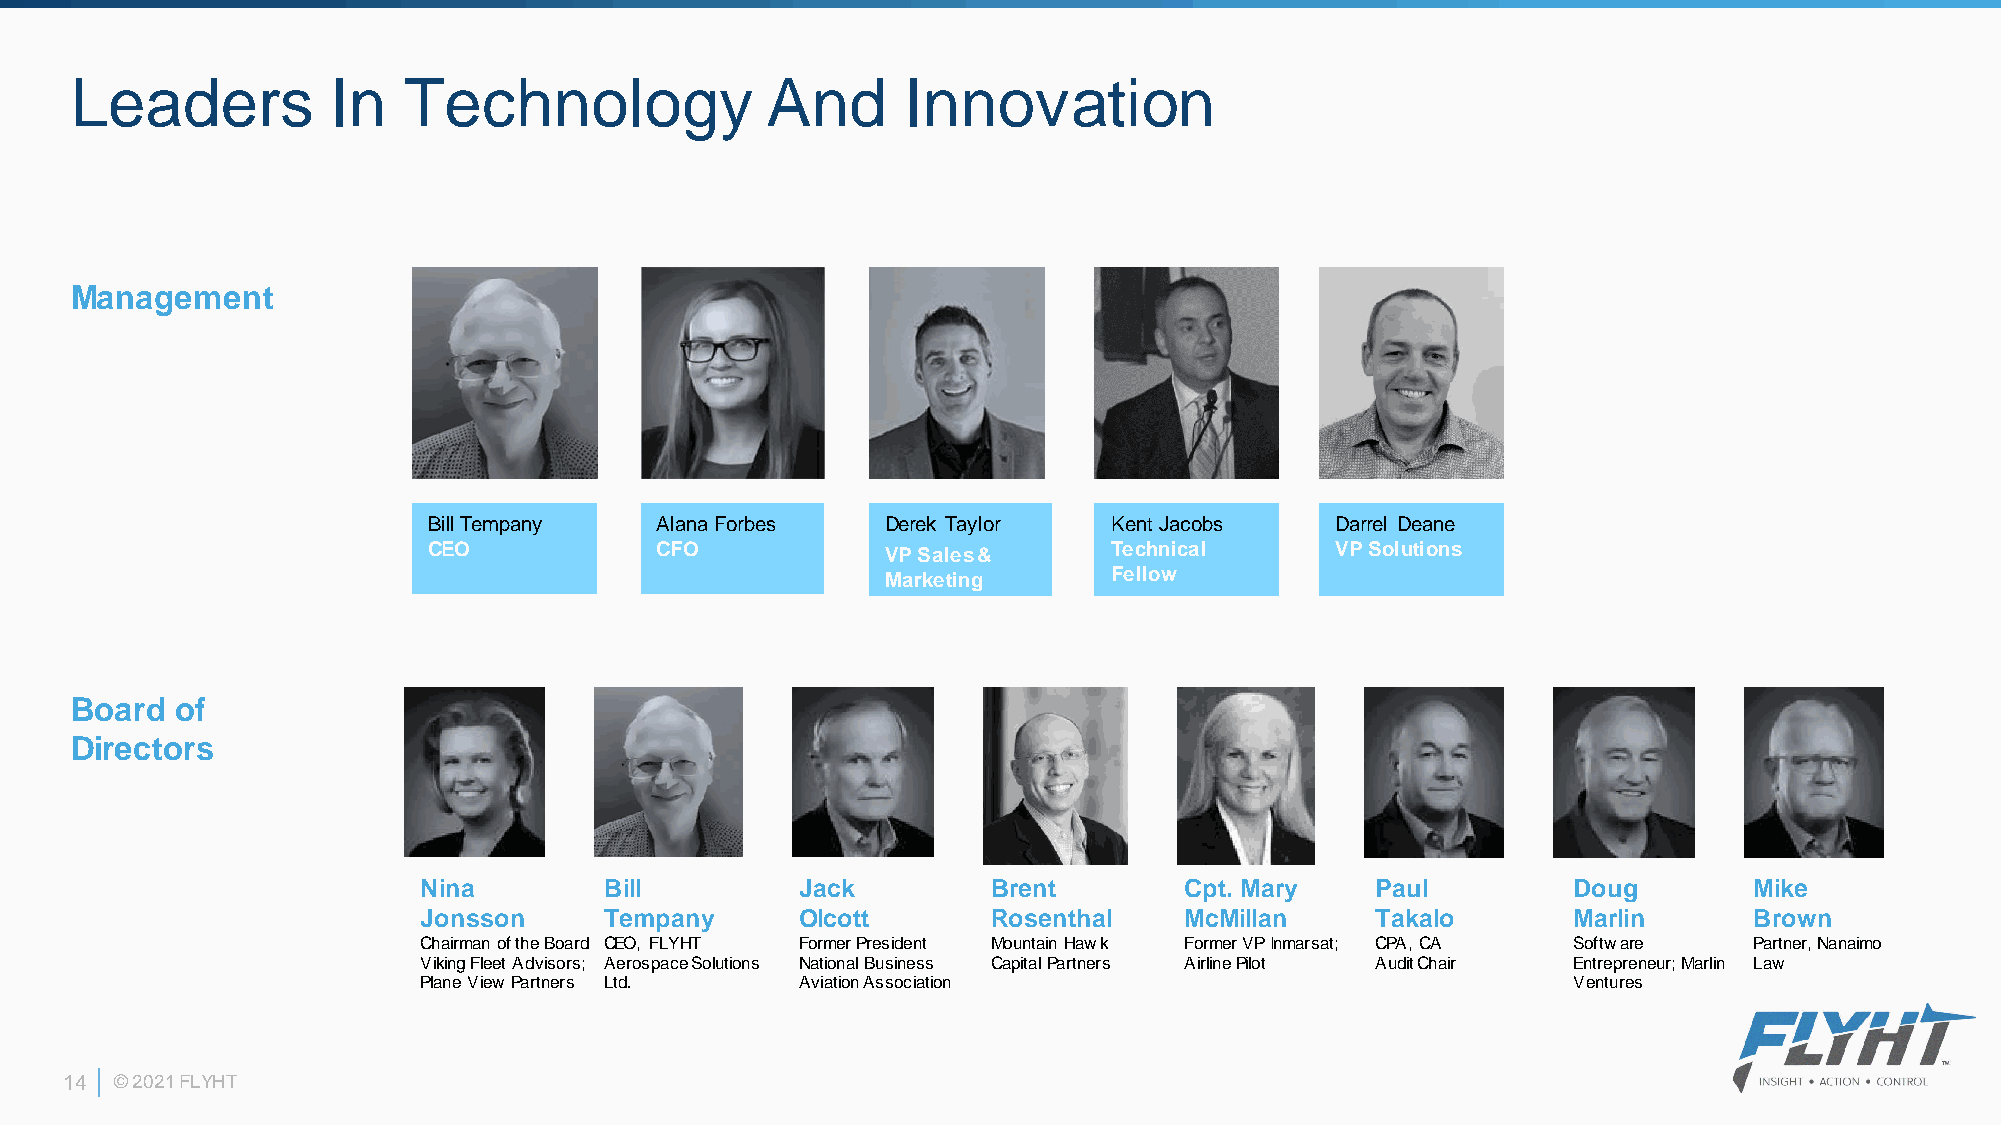
Leaders          In   Technology              And      Innovation
 Management
 Bill Tempany   Alana Forbes    Derek Taylor  Kent Jacobs    Darrel Deane
 CEO            CFO             VP Sales &    Technical      VP Solutions
 Marketing     Fellow
 Board  of
 Directors
 Nina        Bill         Jack         Brent       Cpt. Mary    Paul         Doug        Mike
 Jonsson     Tempany      Olcott       Rosenthal   McMillan     Takalo       Marlin      Brown
 Chairman of the Board CEO, FLYHT Former President Mountain Hawk Former VP Inmarsat; CPA, CA Software Partner, Nanaimo
 Viking Fleet Advisors; Aerospace Solutions National Business Capital Partners Airline Pilot Audit Chair Entrepreneur; Marlin Law
 Plane View Partners Ltd. Aviation Association                               Ventures
 14  © 2021 FLYHT